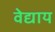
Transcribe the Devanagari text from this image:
वेद्याय